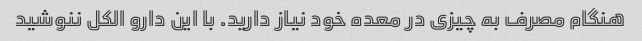
هنگام مصرف به چیزی در معده خود نیاز دارید. با این دارو الکل ننوشید